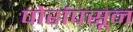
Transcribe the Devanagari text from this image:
पोरांपसून